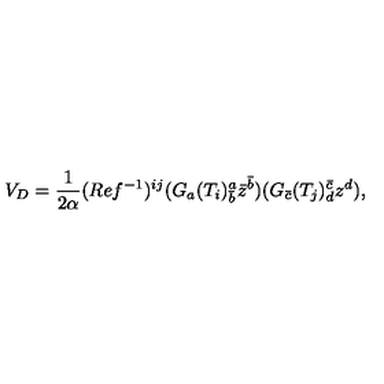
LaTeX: V _ { D } = \frac { 1 } { 2 \alpha } ( R e f ^ { - 1 } ) ^ { i j } ( G _ { a } ( T _ { i } ) _ { \bar { b } } ^ { a } \bar { z } ^ { \bar { b } } ) ( G _ { \bar { c } } ( T _ { j } ) _ { d } ^ { \bar { c } } z ^ { d } ) ,